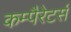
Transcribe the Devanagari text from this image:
कम्पैरेटर्स